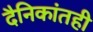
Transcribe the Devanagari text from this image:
दैनिकांतही